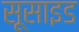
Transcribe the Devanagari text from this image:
सूसाइड